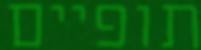
תופיים